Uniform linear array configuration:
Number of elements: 12
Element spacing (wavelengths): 0.25
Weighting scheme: uniform
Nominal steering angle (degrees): -15
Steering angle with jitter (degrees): -13.006
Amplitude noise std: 0.05
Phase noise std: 0.05

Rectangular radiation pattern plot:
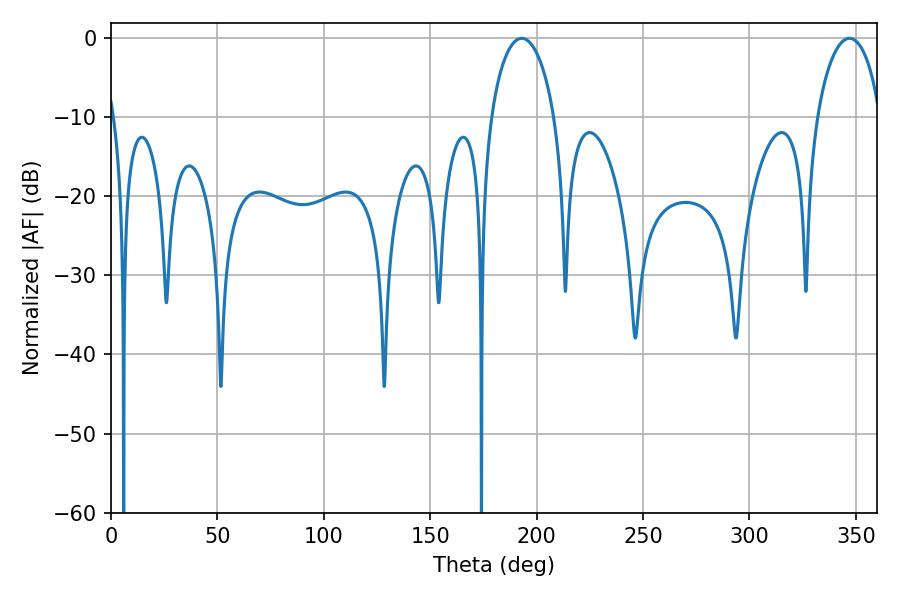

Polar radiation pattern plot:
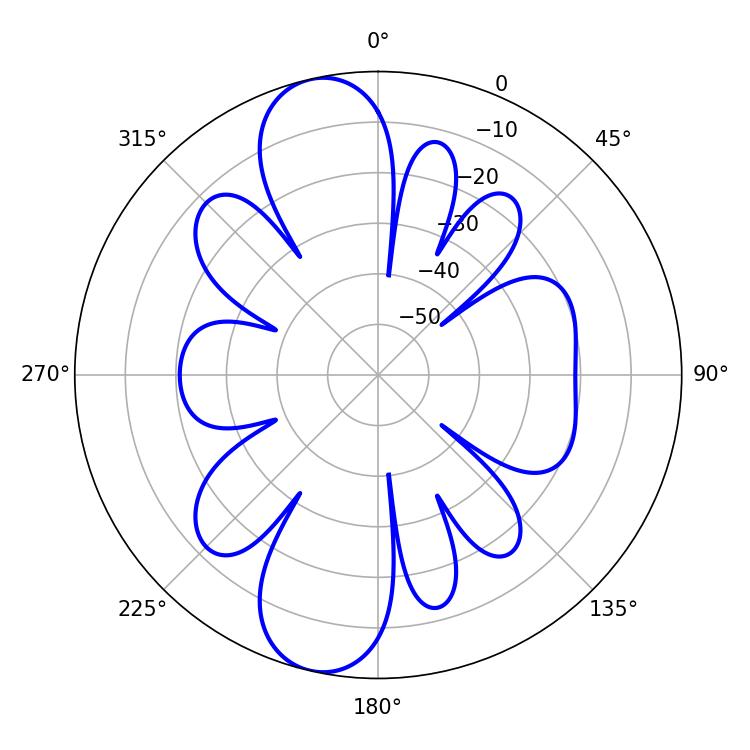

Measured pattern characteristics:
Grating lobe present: FALSE
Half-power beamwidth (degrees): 17.28
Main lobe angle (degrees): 192.96